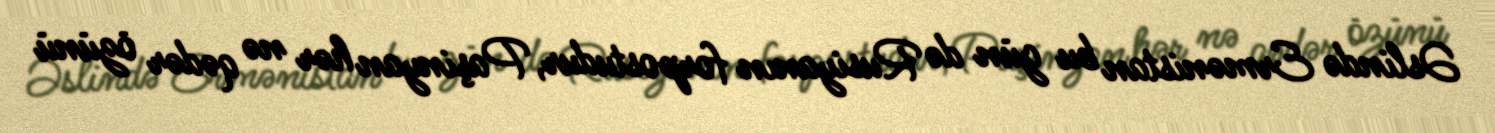
Əslində Ermənistan bu gün də Rusiyanın forpostudur, Paşinyan hər nə qədər özünü